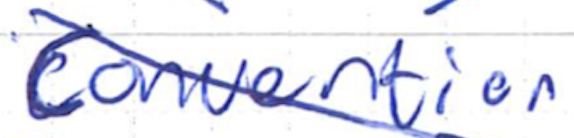
Text: Convention
Cross-out: diagonal
Writing tool: ballpoint